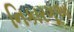
નિકારગૂઆ